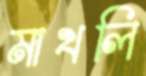
মাখলি